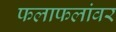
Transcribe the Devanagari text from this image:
फलाफलांवर